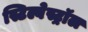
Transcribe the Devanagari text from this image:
स्टिल्बेस्ट्रॉल